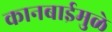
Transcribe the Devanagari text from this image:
कानबाईमुळे